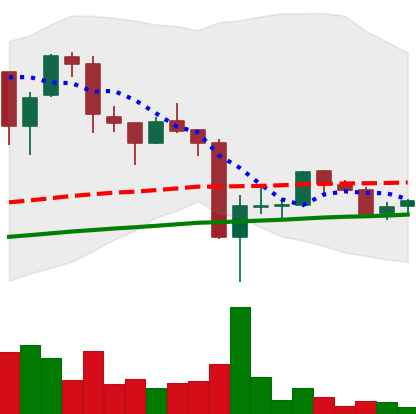
Ticker: LTC-USD
Chart end date: 2017-09-23
Forward return: 9.769%
Label: up_7plus